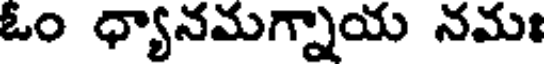
ఓం ధ్యానమగ్నాయ నమః